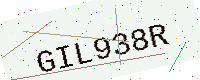
Text: GIL938R